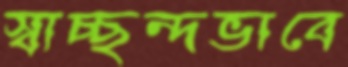
স্বাচ্ছন্দভাবে